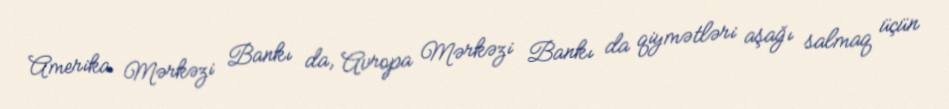
Amerika Mərkəzi Bankı da, Avropa Mərkəzi Bankı da qiymətləri aşağı salmaq üçün